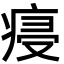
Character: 㾛